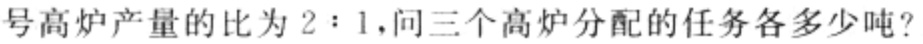
号高炉产量的比为 \(2:1\)，问三个高炉分配的任务各多少吨?